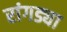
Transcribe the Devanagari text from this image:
रांगड्या